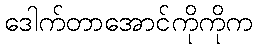
ဒေါက်တာအောင်ကိုကိုက